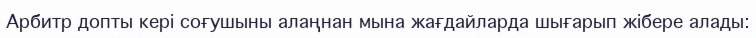
Арбитр допты кері соғушыны алаңнан мына жағдайларда шығарып жібере алады: